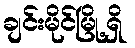
ချင်းမိုင်မြို့ရှိ